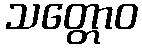
သတ္တောဝ